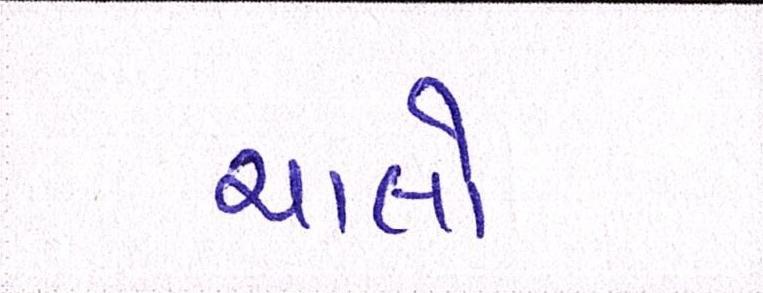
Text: ચાલો